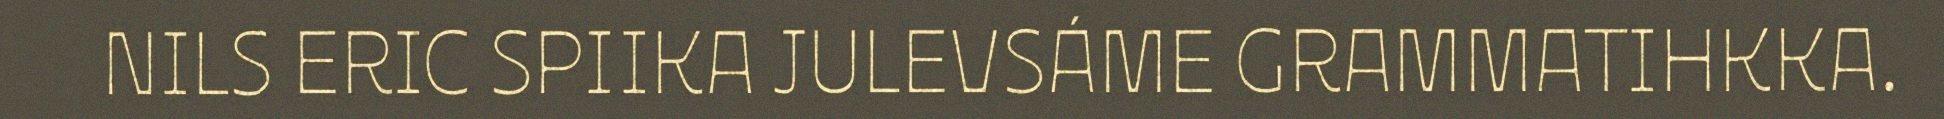
NILS ERIC SPIIKA JULEVSÁME GRAMMATIHKKA.